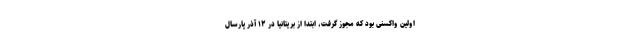
اولین واکسنی بود که مجوز گرفت، ابتدا از بریتانیا در ۱۲ آذر پارسال